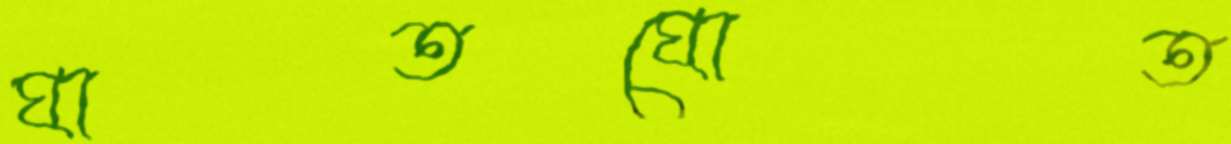
ঘাতঘোত